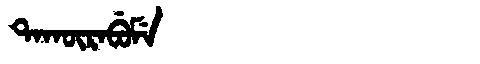
Manchu: ᡨᠠᡴᡡᡵᠠᠪᡠᠮᡝ
Romanization: TAKŪRABUME